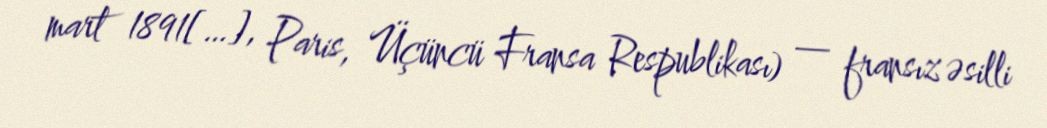
mart 1891[…], Paris, Üçüncü Fransa Respublikası) — fransız əsilli